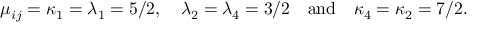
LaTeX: \mu _ { i j } = \kappa _ { 1 } = \lambda _ { 1 } = 5 / 2 , \quad \lambda _ { 2 } = \lambda _ { 4 } = 3 / 2 \quad \mathrm { a n d \quad } \kappa _ { 4 } = \kappa _ { 2 } = 7 / 2 .